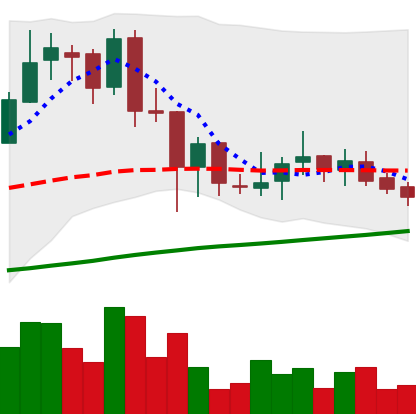
Ticker: BNB-USD
Chart end date: 2018-07-05
Forward return: -7.864%
Label: down_7plus